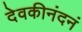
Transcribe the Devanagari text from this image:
देवकीनंदनं